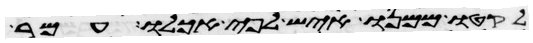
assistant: לקטו ממנו איש לפי אכלו עמר